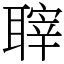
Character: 䏁